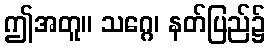
ဤအတူ။ သဂ္ဂေ၊ နတ်ပြည်၌